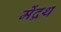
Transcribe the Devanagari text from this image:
मेंद्रथ